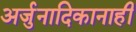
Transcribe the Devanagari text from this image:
अर्जुनादिकानाही